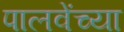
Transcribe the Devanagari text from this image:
पालवेंच्या